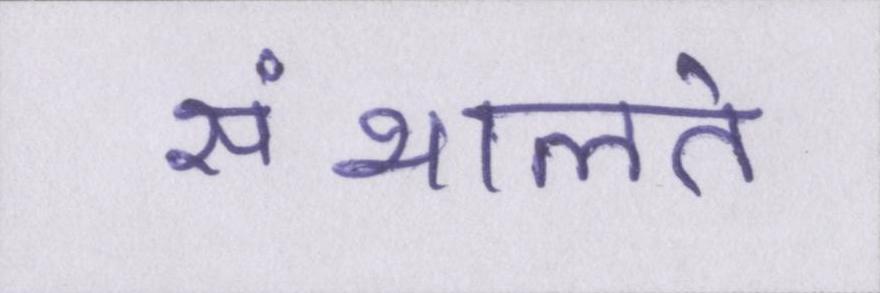
संभालते